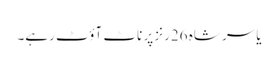
یاسر شاہ 26رنز پر ناٹ آؤٹ رہے۔